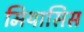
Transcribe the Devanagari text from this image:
मियासिस